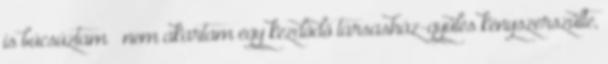
is búcsú­z­tam – nem akartam egy kezdődő társasház-gyűlés kényszerszül­te,